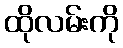
ထိုလမ်းကို